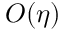
{ \cal O } ( \eta )